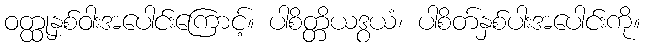
ဝတ္ထုနှစ်ဝါးအပေါင်းကြောင့်။ ပါစိတ္တိယဒွယံ၊ ပါစိတ်နှစ်ပါးအပေါင်းကို။